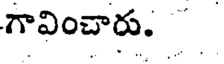
గావించారు.